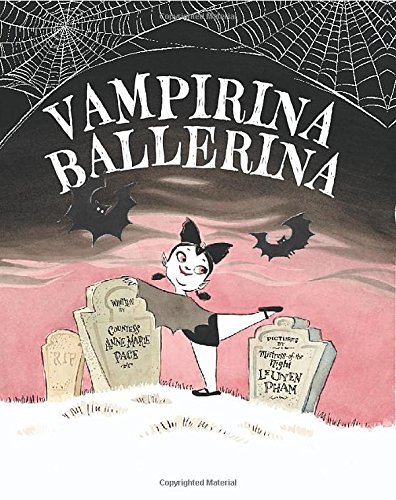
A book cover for Vampirina Ballerina; Anne Marie Pace; Children's Books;